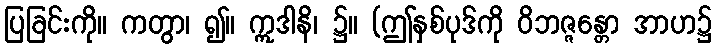
ပြခြင်းကို။ ကတွာ၊ ၍။ ဣဒါနိ၊ ၌။ (ဤနှစ်ပုဒ်ကို ဝိဘဇ္ဇန္တော အာဟ၌